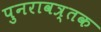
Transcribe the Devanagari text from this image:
पुनरावत्र्तक